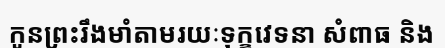
កូនព្រះរឹងមាំតាមរយៈទុក្ខវេទនា សំពាធ និង